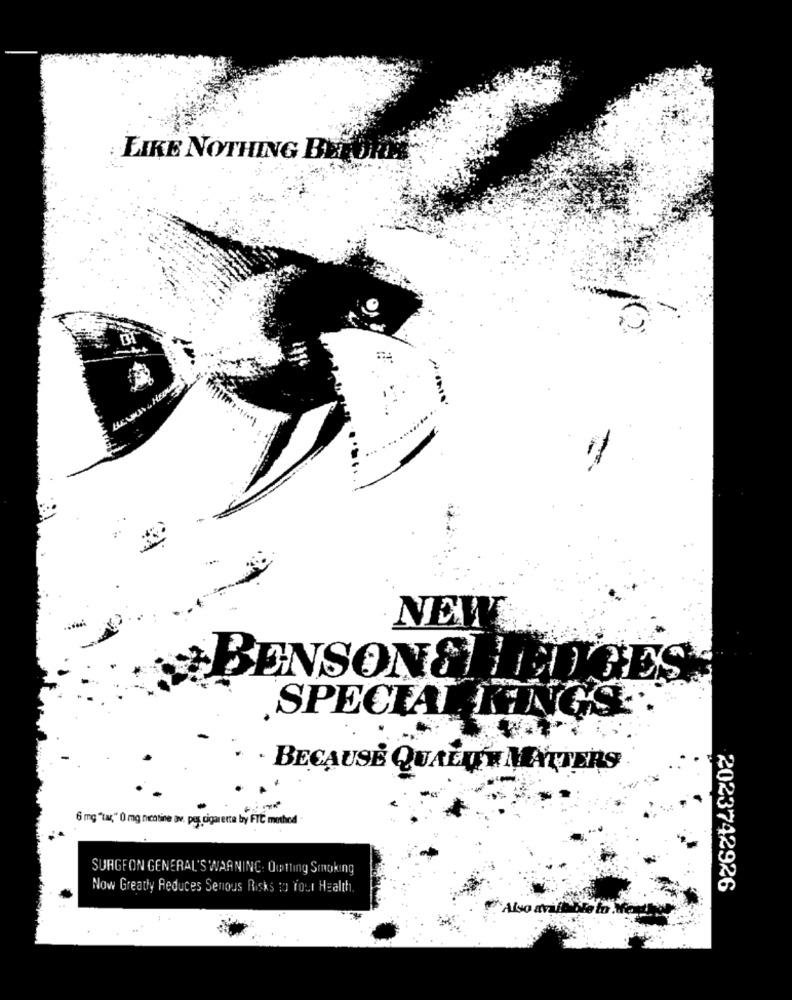
LIKE NOTHING BERO
NEW
BENSON &HEDGES
SPECIAL KINGS
. . BECAUSE QUALQ MATTERS
6 mg "tar," 0 mg nicotine av. pes cigarette by FTC method
SURGEON GENERAL'S WARNING. Outting Smoking
Now Greatly Reduces Senous Risks to four Health
2023742926
Also available to Menthe